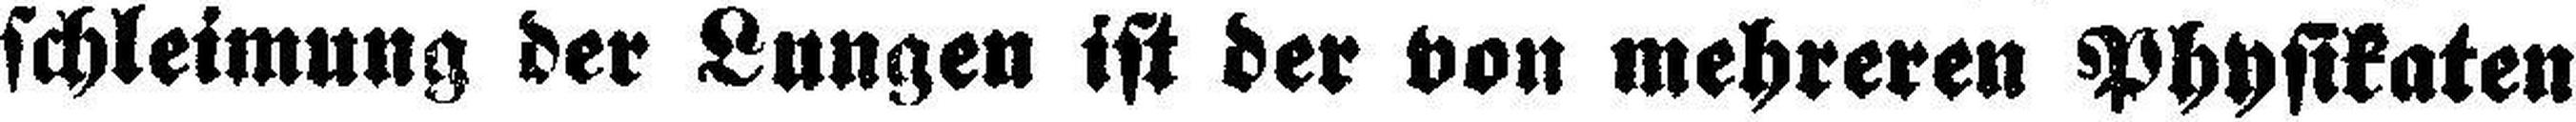
schleimung der Lungen ist der von mehreren Physikaten